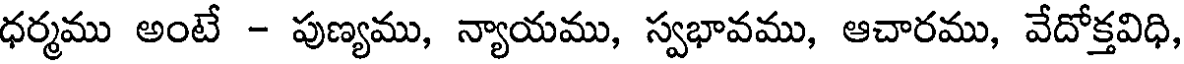
ధర్మము అంటే - పుణ్యము, న్యాయము, స్వభావము, ఆచారము, వేదోక్తవిధి,